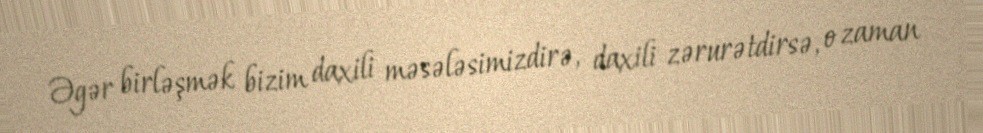
Əgər birləşmək bizim daxili məsələsimizdirə, daxili zərurətdirsə, o zaman